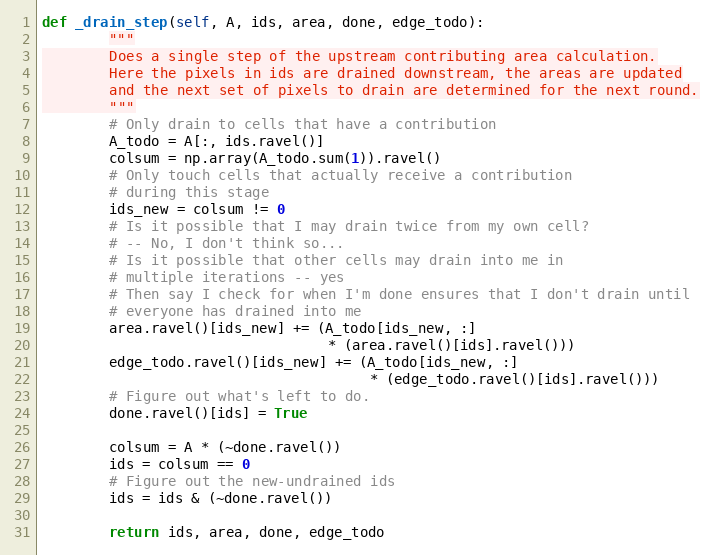
Language: Python
def _drain_step(self, A, ids, area, done, edge_todo):
        """
        Does a single step of the upstream contributing area calculation.
        Here the pixels in ids are drained downstream, the areas are updated
        and the next set of pixels to drain are determined for the next round.
        """
        # Only drain to cells that have a contribution
        A_todo = A[:, ids.ravel()]
        colsum = np.array(A_todo.sum(1)).ravel()
        # Only touch cells that actually receive a contribution
        # during this stage
        ids_new = colsum != 0
        # Is it possible that I may drain twice from my own cell?
        # -- No, I don't think so...
        # Is it possible that other cells may drain into me in
        # multiple iterations -- yes
        # Then say I check for when I'm done ensures that I don't drain until
        # everyone has drained into me
        area.ravel()[ids_new] += (A_todo[ids_new, :]
                                  * (area.ravel()[ids].ravel()))
        edge_todo.ravel()[ids_new] += (A_todo[ids_new, :]
                                       * (edge_todo.ravel()[ids].ravel()))
        # Figure out what's left to do.
        done.ravel()[ids] = True

        colsum = A * (~done.ravel())
        ids = colsum == 0
        # Figure out the new-undrained ids
        ids = ids & (~done.ravel())

        return ids, area, done, edge_todo